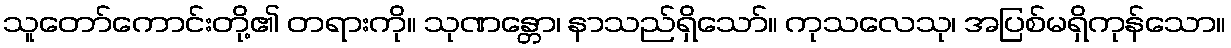
သူတော်ကောင်းတို့၏ တရားကို။ သုဏန္တော၊ နာသည်ရှိသော်။ ကုသလေသု၊ အပြစ်မရှိကုန်သော။